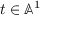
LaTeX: t \in \mathbb { A } ^ { 1 }